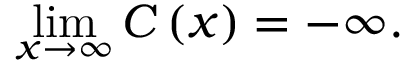
\operatorname* { l i m } _ { x \rightarrow \infty } C \left( x \right) = - \infty .